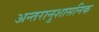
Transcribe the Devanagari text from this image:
अन्तरानुशासनिक